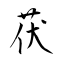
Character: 茯